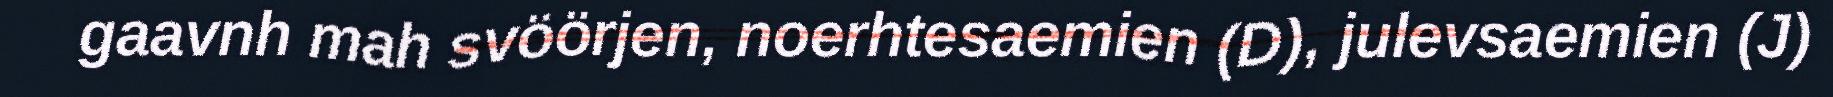
gaavnh mah svöörjen, noerhtesaemien (D), julevsaemien (J)